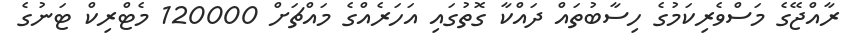
ރާއްޖޭގެ މަސްވެރިކަމުގެ ހިސާބުތައް ދައްކާ ގޮތުގައި އަހަރެއްގެ މައްޗަށް 120000 މެޓްރިކް ޓަނުގެ